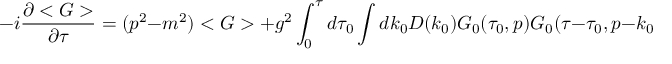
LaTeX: - i \frac { \partial < G > } { \partial \tau } = ( p ^ { 2 } - m ^ { 2 } ) < G > + g ^ { 2 } \int _ { 0 } ^ { \tau } d \tau _ { 0 } \int d k _ { 0 } D ( k _ { 0 } ) G _ { 0 } ( \tau _ { 0 } , p ) G _ { 0 } ( \tau - \tau _ { 0 } , p - k _ { 0 } ) .